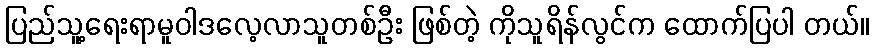
ပြည်သူ့ရေးရာမူဝါဒလေ့လာသူတစ်ဦး ဖြစ်တဲ့ ကိုသူရိန်လွင်က ထောက်ပြပါ တယ်။